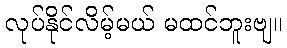
လုပ်နိုင်လိမ့်မယ် မထင်ဘူးဗျ။